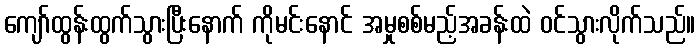
ကျော်ထွန်းထွက်သွားပြီးနောက် ကိုမင်းနောင် အမှုစစ်မည့်အခန်းထဲ ဝင်သွားလိုက်သည်။